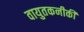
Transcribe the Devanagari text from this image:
वायुतकनीकी